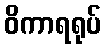
ဝိကာရရုပ်